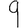
Digit: 9